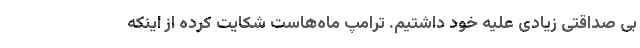
بی صداقتی زیادی علیه خود داشتیم. ترامپ ماه‌هاست شکایت کرده از اینکه